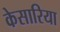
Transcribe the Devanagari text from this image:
केसारिया